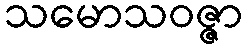
သမောသဝဇ္ဇာ